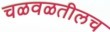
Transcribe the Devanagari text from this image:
चळवळतीलच